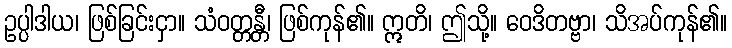
ဥပ္ပါဒါယ၊ ဖြစ်ခြင်းငှာ။ သံဝတ္တန္တီ၊ ဖြစ်ကုန်၏။ ဣတိ၊ ဤသို့။ ဝေဒိတဗ္ဗာ၊ သိအပ်ကုန်၏။